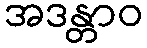
အဒန္တာဝ